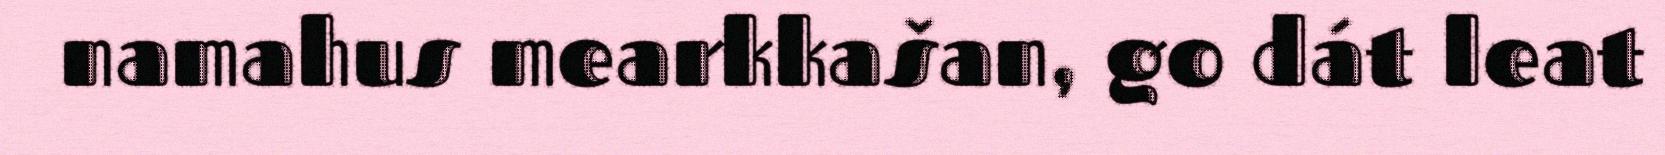
namahus mearkkašan, go dát leat